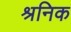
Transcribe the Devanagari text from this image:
श्रनिक